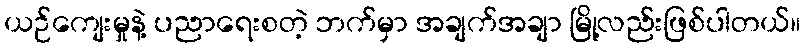
ယဉ်ကျေးမှုနဲ့ ပညာရေးစတဲ့ ဘက်မှာ အချက်အချာ မြို့လည်းဖြစ်ပါတယ်။